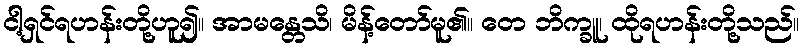
ငါ့ရှင်ရဟန်းတို့ဟူ၍။ အာမန္တေသိ၊ မိန့်တော်မူ၏။ တေ ဘိက္ခူ၊ ထိုရဟန်းတို့သည်။